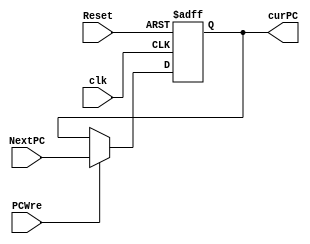
`timescale 1ns / 1ps
//////////////////////////////////////////////////////////////////////////////////
// Company: 
// Engineer: 
// 
// Design Name: 
// Module Name: PC
// Project Name: 
// Target Devices: 
// Tool Versions: 
// Description: 
// 
// Dependencies: 
// 
// Revision:
// Revision 0.01 - File Created
// Additional Comments:
// 
//////////////////////////////////////////////////////////////////////////////////


module PC(Reset,clk,PCWre,NextPC,curPC);
    input Reset;
    input clk;
    input PCWre;
    input [31:0] NextPC;
    output reg [31:0] curPC;
    
    initial begin 
        curPC <= 0;
    end
    always@ (posedge clk or negedge Reset) begin
    if (Reset == 0)
        curPC <= 0;
    else begin
        if (PCWre == 1)
            curPC <= NextPC;
        else
            curPC <= curPC;
        end
    end
endmodule